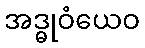
အဒ္ဓုဝံယေဝ